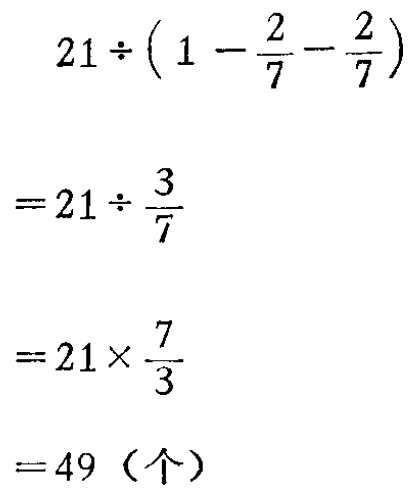
\[

\begin{align*}

&21\div\left(1 - \frac{2}{7}-\frac{2}{7}\right)\\

=&21\div\frac{3}{7}\\

=&21\times\frac{7}{3}\\

=&49（个）

\end{align*}

\]